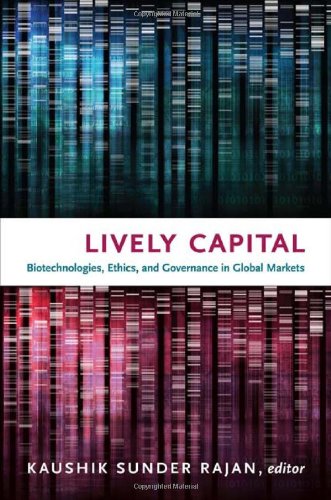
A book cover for Lively Capital: Biotechnologies, Ethics, and Governance in Global Markets (Experimental Futures); Science & Math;